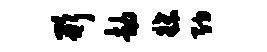
形劫牒纳